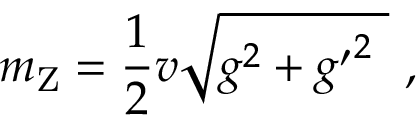
m _ { \mathrm { Z } } = { \frac { 1 } { 2 } } v { \sqrt { g ^ { 2 } + { g ^ { \prime } } ^ { 2 } \ } } \ ,